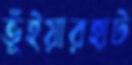
ভূঁইয়ারহাট